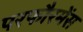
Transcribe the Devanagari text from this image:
परफौरमेंस